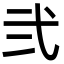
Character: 弐